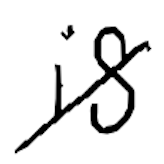
Text: is
Cross-out: diagonal
Writing tool: digital_black